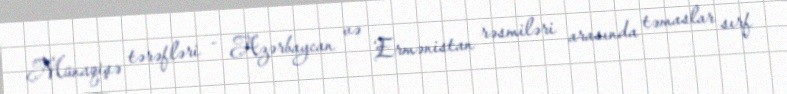
Münaqişə tərəfləri - Azərbaycan və Ermənistan rəsmiləri arasında təmaslar sırf